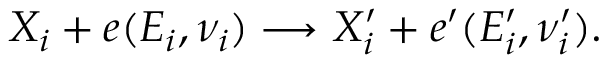
X _ { i } + e ( E _ { i } , \nu _ { i } ) \longrightarrow X _ { i } ^ { \prime } + e ^ { \prime } ( E _ { i } ^ { \prime } , \nu _ { i } ^ { \prime } ) .